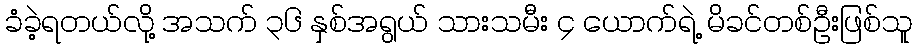
ခံခဲ့ရတယ်လို့ အသက် ၃၆ နှစ်အရွယ် သားသမီး ၄ ယောက်ရဲ့ မိခင်တစ်ဦးဖြစ်သူ